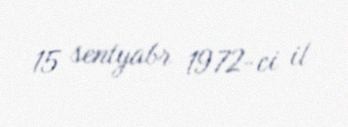
15 sentyabr 1972-ci il